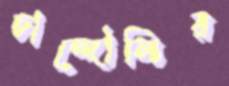
চান্দৌলির